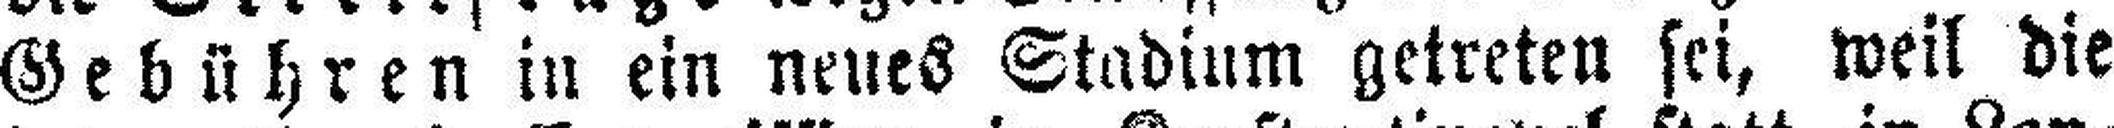
Gebühren in ein neues Stadium getreten sei, weil die